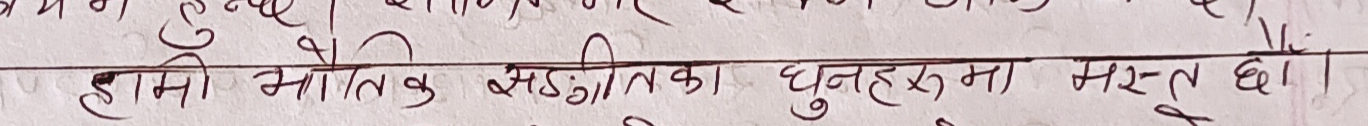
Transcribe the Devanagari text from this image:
हामी भौतिक सङ्गीतका धुनहरूमा मस्त छौँ।